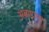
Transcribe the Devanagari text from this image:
अब्राह्मणा